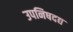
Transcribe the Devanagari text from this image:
उपनिषदद्य